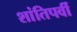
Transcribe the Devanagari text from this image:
शांतिपर्वी